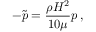
- \tilde { p } = { \frac { \rho H ^ { 2 } } { 1 0 \mu } } p \, ,